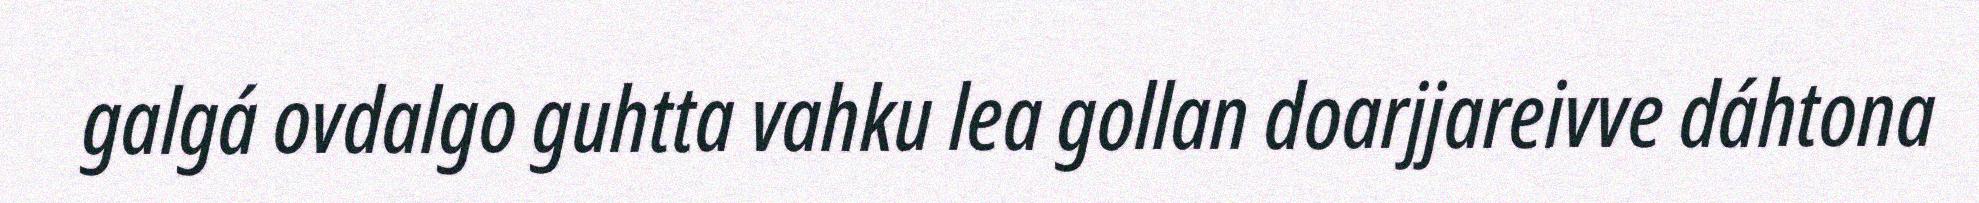
galgá ovdalgo guhtta vahku lea gollan doarjjareivve dáhtona